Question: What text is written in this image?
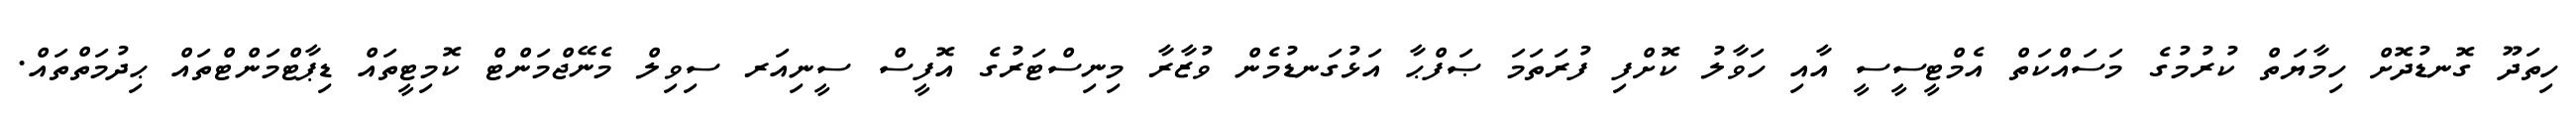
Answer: ހިތަދޫ ގޮނޑުދޮށް ހިމާޔަތް ކުރުމުގެ މަސައްކަތް އެމްޓީސީސީ އާއި ހަވާލު ކޮށްފި ފުރަތަމަ ޞަފްޙާ އަޅުގަނޑުމެން ވުޒާރާ މިނިސްޓަރުގެ އޮފީސް ސީނިއަރ ސިވިލް މެނޭޖްމަންޓް ކޮމިޓީތައް ޑިޕާޓްމަންޓްތައް ޙިދުމަތްތައް.